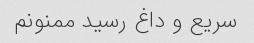
سریع و داغ رسید ممنونم